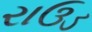
રાઉડ